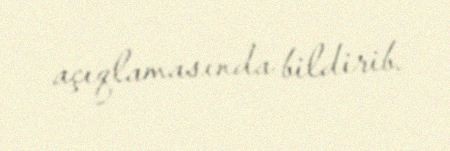
açıqlamasında bildirib.